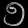
Digit: ၅